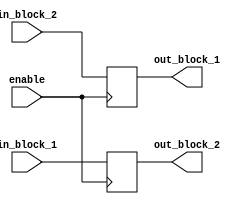
module bidirectional_buffer (
    input wire in_block_1,
    output reg out_block_1,
    input wire in_block_2,
    output reg out_block_2,
    input wire enable
);

always @ (posedge enable) begin
    if (enable) begin
        out_block_1 <= in_block_2;
        out_block_2 <= in_block_1;
    end
end

endmodule